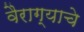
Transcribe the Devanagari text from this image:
वैराग्याचे